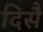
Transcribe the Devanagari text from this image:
दिसै